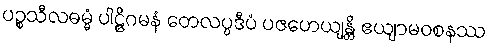
ပဉ္စသီလဓမ္မံ ပါဠိဂမနံ တေလပ္ပဒီပံ ပဇဟေယျန္တိ ဧယျာမဝစနဿ